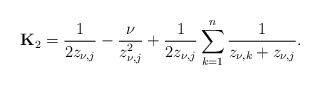
\begin{align*}\mathbf{K}_2=\dfrac{1}{2z_{\nu,j}}-\dfrac{\nu}{z_{\nu,j}^2}+\dfrac{1}{2z_{\nu,j}}\sum_{k=1}^n\dfrac{1}{z_{\nu,k}+z_{\nu,j}}.\end{align*}